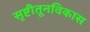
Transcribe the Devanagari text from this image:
सृष्टीतूनविकास